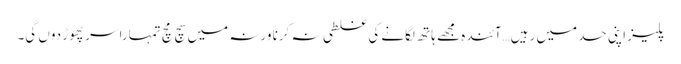
پلیز اپنی حد میں رہیں…آئندہ مجھے ہاتھ لگانے کی غلطی نہ کرنا ورنہ میں سچ مچ تمہارا سر پھوڑ دوں گی۔